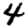
Digit: 4